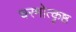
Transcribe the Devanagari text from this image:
चरमोत्कृष्ठ